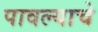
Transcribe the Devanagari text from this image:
पावल्याचे